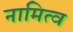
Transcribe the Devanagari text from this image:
नामित्व